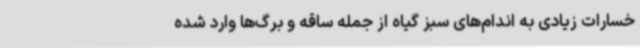
خسارات زیادی به اندام‌های سبز گیاه از جمله ساقه و برگ‌ها وارد شده